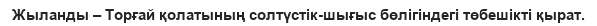
Жыланды – Торғай қолатының солтүстік-шығыс бөлігіндегі төбешікті қырат.